Annual report of the Civil Veterinary Department, Bengal, and of the Bengal Veterinary College for the year 1904-1905 - 1904-1905
Year: 1904
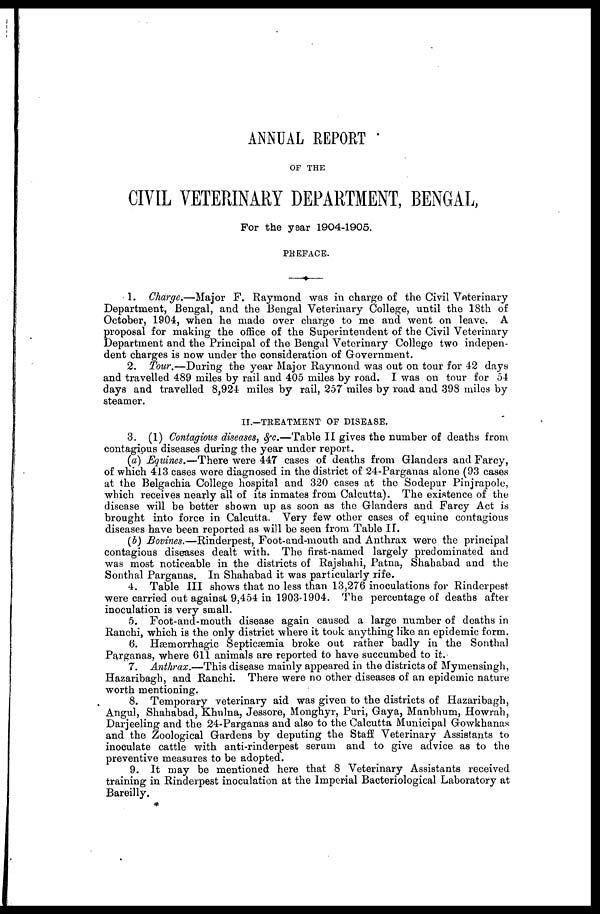
ANNUAL REPORT
OP THE
CIVIL VETERINARY DEPARTMENT, BENGAL,
For the year 1904-1905.
PREFACE.
1. Charge.—Major F. Raymond was in charge of the Civil Veterinary
Department, Bengal, and the Bengal Veterinary College, until the 18th of
October, 1904, when he made over charge to me and went on leave. A
proposal for making the office of the Superintendent of the Civil Veterinary
Department and the Principal of the Bengal Veterinary College two indepen-
dent charges is now under the consideration of Government.
2. Tour.—During the year Major Raymond was out on tour for 42 days
and travelled 489 miles by rail and 405 miles by road. I was on tour for 54
days and travelled 8,924 miles by rail, 257 miles by road and 398 miles by
steamer.
II.—TREATMENT OF DISEASE.
3. (1) Contagious diseases, &c.—Table II gives the number of deaths from
contagious diseases during the year under report.
(a) Equines.—There were 447 cases of deaths from Glanders and Farcy,
of which 413 cases were diagnosed in the district of 24-Parganas alone (93 cases
at the Belgachia College hospital and 320 cases at the Sodepur Pinjrapole,
which receives nearly all of its inmates from Calcutta). The existence of the
disease will be better shown up as soon as the Glanders and Farcy Act is
brought into force in Calcutta. Very few other cases of equine contagious
diseases have been reported as will be seen from Table II.
(b) Bovines.—Rinderpest, Foot-and-mouth and Anthrax were the principal
contagious diseases dealt with. The first-named largely predominated and
was most noticeable in the districts of Rajshahi, Patna, Shahabad and the
Sonthal Parganas. In Shahabad it was particularly rife.
4. Table III shows that no less than 13,276 inoculations for Rinderpest
were carried out against 9,454 in 1903-1904. The percentage of deaths after
inoculation is very small.
5. Foot-and-mouth disease again caused a large number of deaths in
Ranchi, which is the only district where it took anything like an epidemic form.
6. Hæmorrhagic Septicæmia broke out rather badly in the Sonthal
Parganas, where 611 animals are reported to have succumbed to it.
7. Anthrax.—This disease mainly appeared in the districts of Mymensingh,
Hazaribagh, and Ranchi. There were no other diseases of an epidemic nature
worth mentioning.
8. Temporary veterinary aid was given to the districts of Hazaribagh,
Angul, Shahabad, Khulna, Jessore, Monghyr, Puri, Gaya, Manbhum, Howrah,
Darjeeling and the 24-Parganas and also to the Calcutta Municipal Gowkhanas
and the Zoological Gardens by deputing the Staff Veterinary Assistants to
inoculate cattle with anti-rinderpest serum and to give advice as to the
preventive measures to be adopted.
9. It may be mentioned here that 8 Veterinary Assistants received
training in Rinderpest inoculation at the Imperial Bacteriological Laboratory at
Bareilly.
*